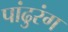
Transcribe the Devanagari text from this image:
पांढुरंग